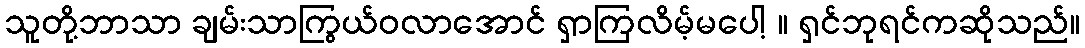
သူတို့ဘာသာ ချမ်းသာကြွယ်ဝလာအောင် ရှာကြလိမ့်မပေါ့ ။ ရှင်ဘုရင်ကဆိုသည်။